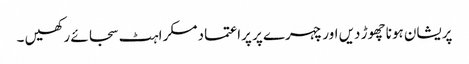
پریشان ہونا چھوڑ دیں اور چہرے پر پراعتماد مسکراہٹ سجائے رکھیں ۔